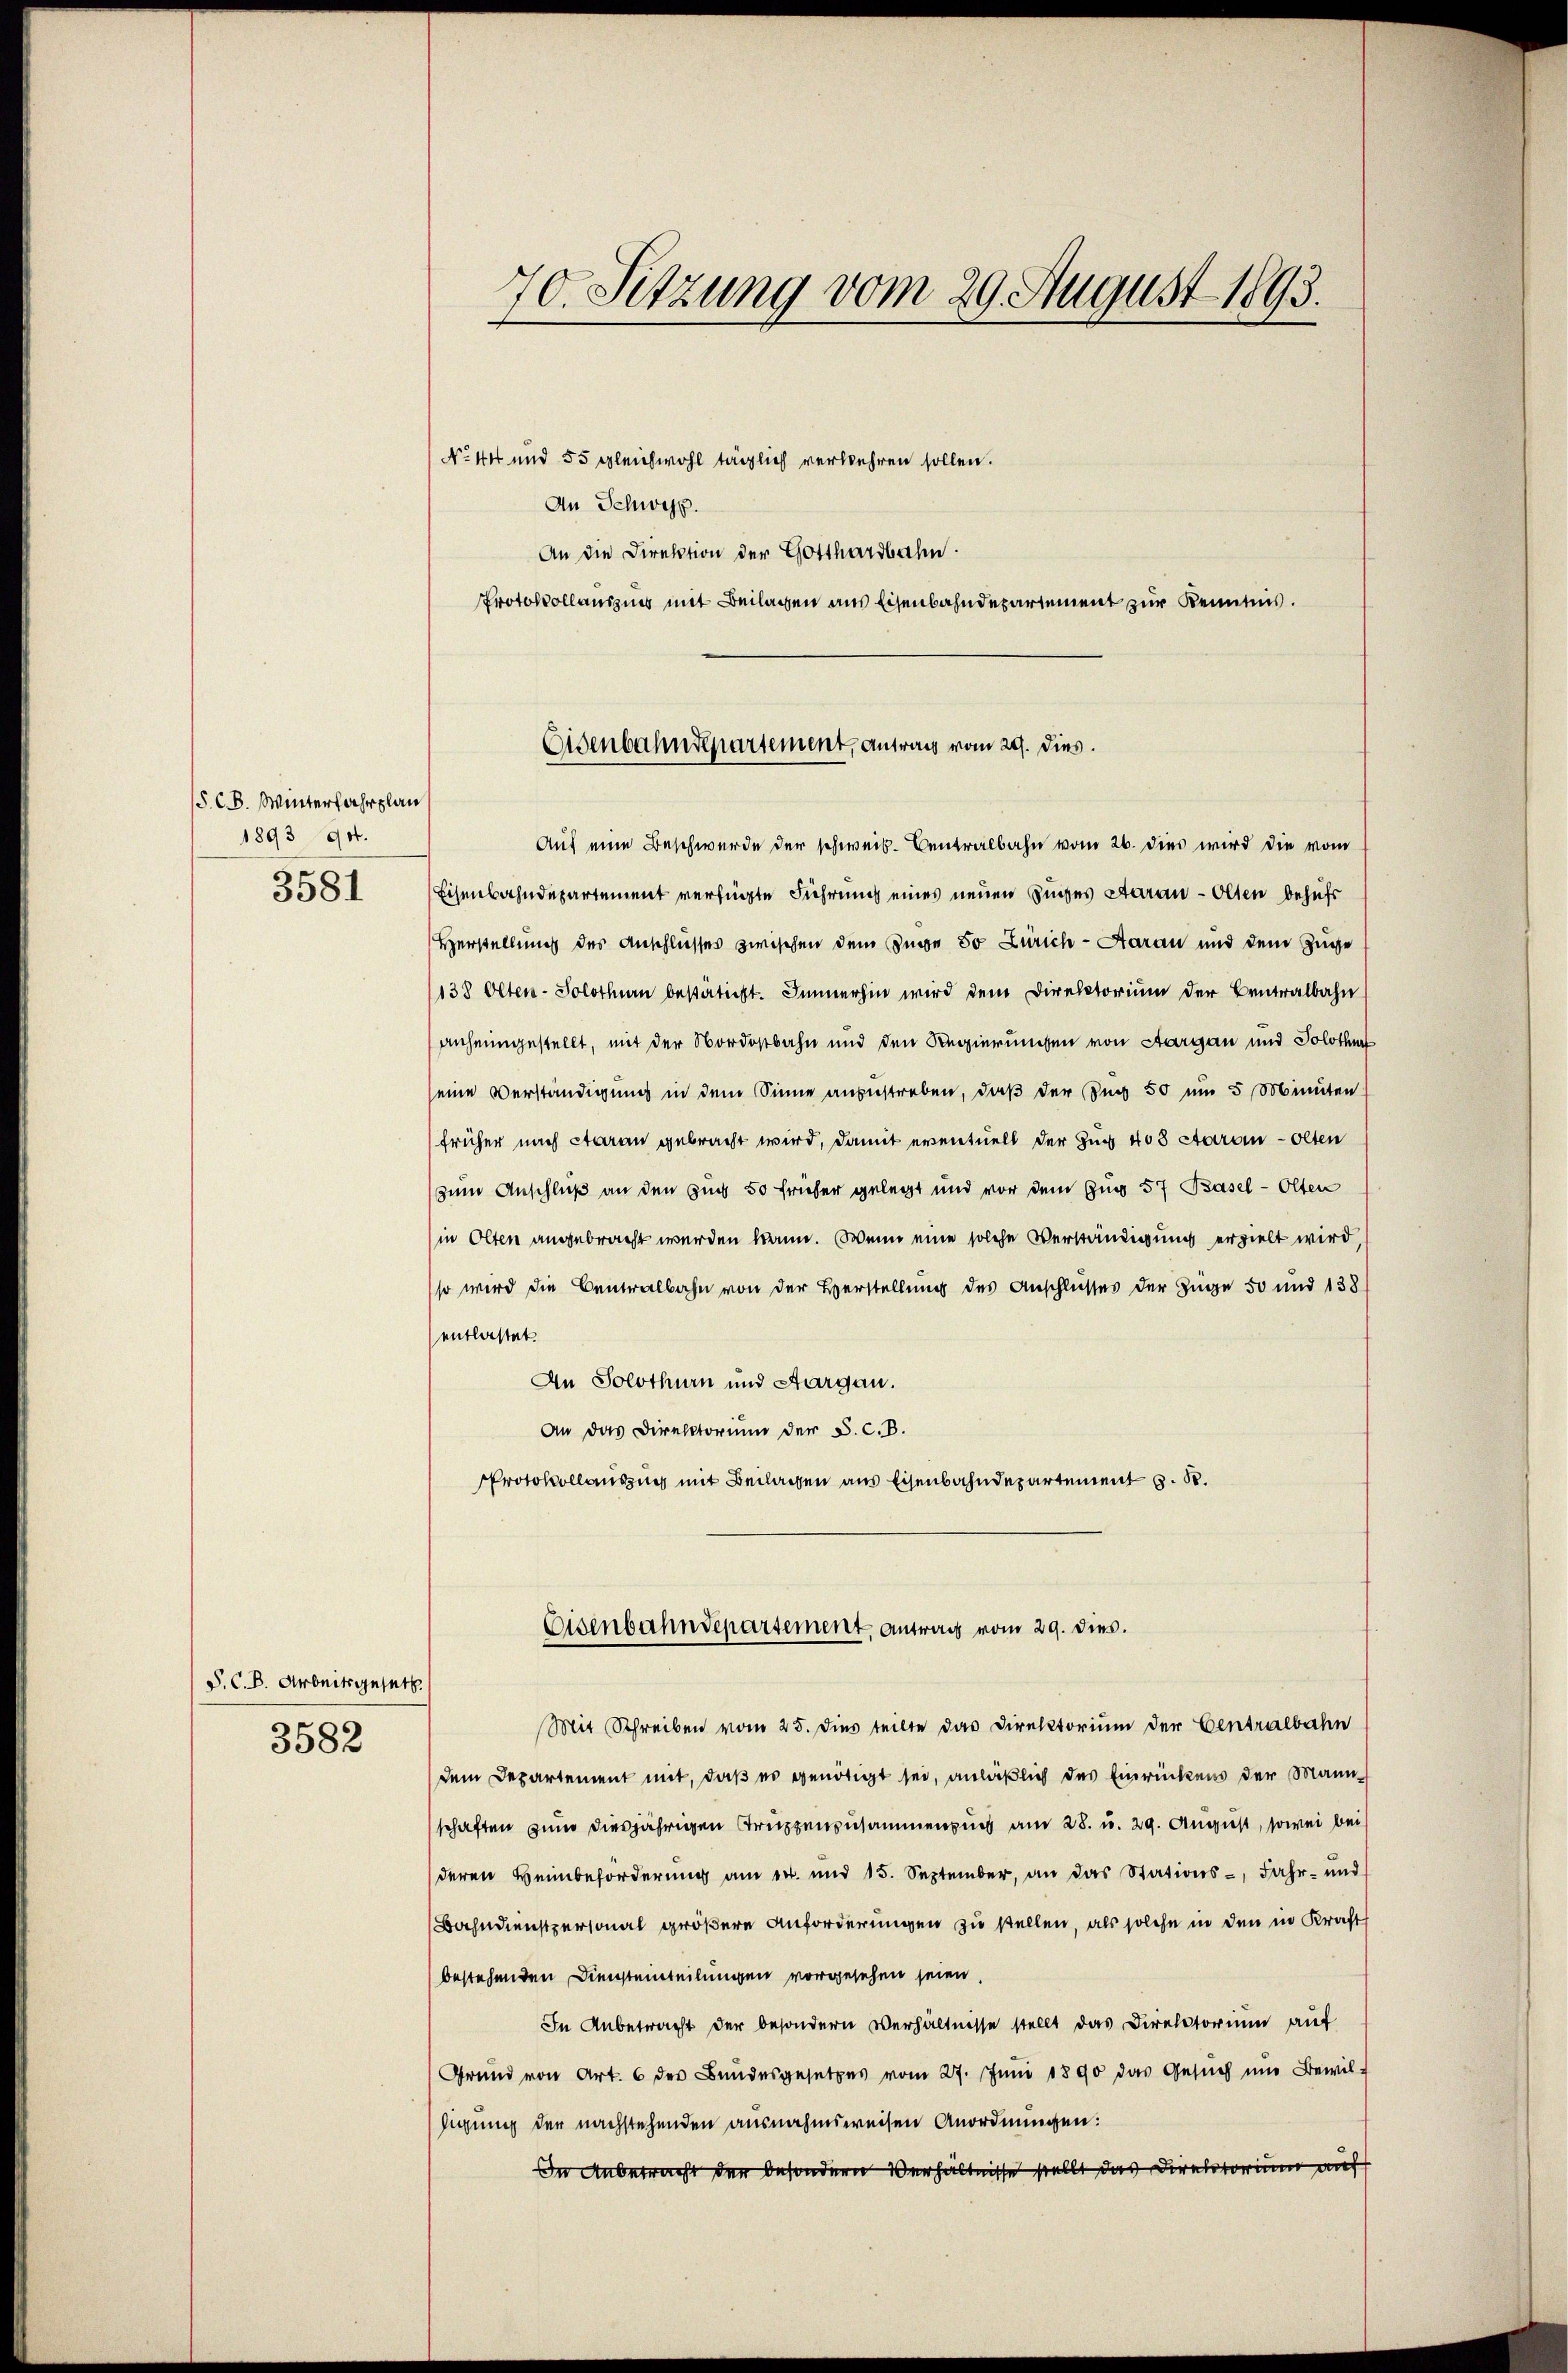
/5 CB. Winterfahrplan
1893 94.
3581

P. C. B. Arbeitsgesetz
3582

70. Sitzung vom 29. August 1893.

No 44 und 55 gleichwohl täglich verkehren sollen.
An Schwyz.
An die Direktion der Gotthardbahn.
Protokollauszins mit Beilagen aus Eisenbahndepartement zur Kenntnis.

Eisenbahndepartement, antrag vom 29. dies.

Auf eine Beschwerde der schweiz. Centralbahn vom 26. dies wird die vom
Eisenbahndepartement verfügte Führung eines neuen Zuges Aarau - Olten behufs
Herstellung des Anschlusses zwischen dem Zuge So Zürich-Aarau und dem Zuge
138 Olten-Solothurn bestätigt. Immerhin wird dem Direktorium der Centralbahn
anheimgestellt, mit der Nordostbahn und den Regierungen von Aargau und Solothur
seine Verständigung in dem Sinne ansustreben, daß der Zug 50 um 5 Minuten
früher nach daran gebracht wird, damit eventuell der Zug 403 ctaron Olten
zum Anschluß an den Zug 50 früher gelegt und vor dem Zug 57 Basel - Olten
in Olten angebracht werden kann. Wenn eine solche Verständigung erzielt wird
so wird die Centralbahn von der Verstellung des Anschlusses der Zuge 50 und 138
entlastet.
An Solothurn und Aargau.
An das Direktorium der S. c. B.
Protokollauszug mit Beilagen aus Eisenbahndepartement z. B.
Eisenbahndepartement. Antrag vom 29. dies.
Mit Schreiben vom 25. dies teilte das Direktorium der Centralbahn
dem Departement mit, daß es genötigt sei, anläßlich des Einrückens der Mannschaften zum diesjährigen Truppenzusammenzung am 28. u. 29. August, sowei bei
deren Heinbeforderung am 14. und 15. September, an das Stations-, Fahr- und
Bahndienstpersonal größere Anforderungen zu stellen, als solche in den in Kraft
bestehenden Diensteinteilungen vorgesehen seien.
In Anbetracht der besondern Verhältnisse stellt das Direktorium auf
Grund von Art. 6 des Bundesgesetzes vom 27. Juni 1890 das Gesŭch ŭm Bewil-
higung der nachstehenden ausnahmsweisen Anordnungen:
In Anbetracht der besondern Verhältnisse stellt das Direktorium auf